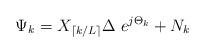
LaTeX: \begin{align*}\Psi_k = X_{\lceil k/L \rceil} \Delta \ e^{j \Theta_k} + N_k\end{align*}